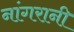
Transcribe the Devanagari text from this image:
नांगरानी